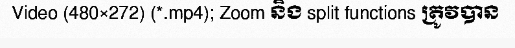
Video (480×272) (*.mp4); Zoom និង split functions ត្រូវបាន